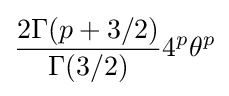
{\frac {2\Gamma (p+3/2)}{\Gamma (3/2)}}4^{p}\theta ^{p}